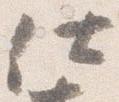
仕